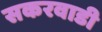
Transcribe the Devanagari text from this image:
सकरवाडी